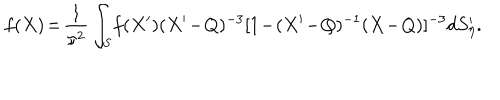
f ( X ) \! = \! \frac { 1 } { \pi ^ { 2 } } \int _ { S } \! f ( X ^ { \prime } ) ( X ^ { \prime } \! - \! Q ) ^ { - 3 } [ 1 \! - \! ( X ^ { \prime } \! - \! Q ) ^ { - 1 } ( X \! - \! Q ) ] ^ { - 3 } d S _ { \eta } ^ { \prime } .